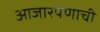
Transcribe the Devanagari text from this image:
आजारपणाची